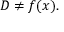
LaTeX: D \neq f ( x ) .